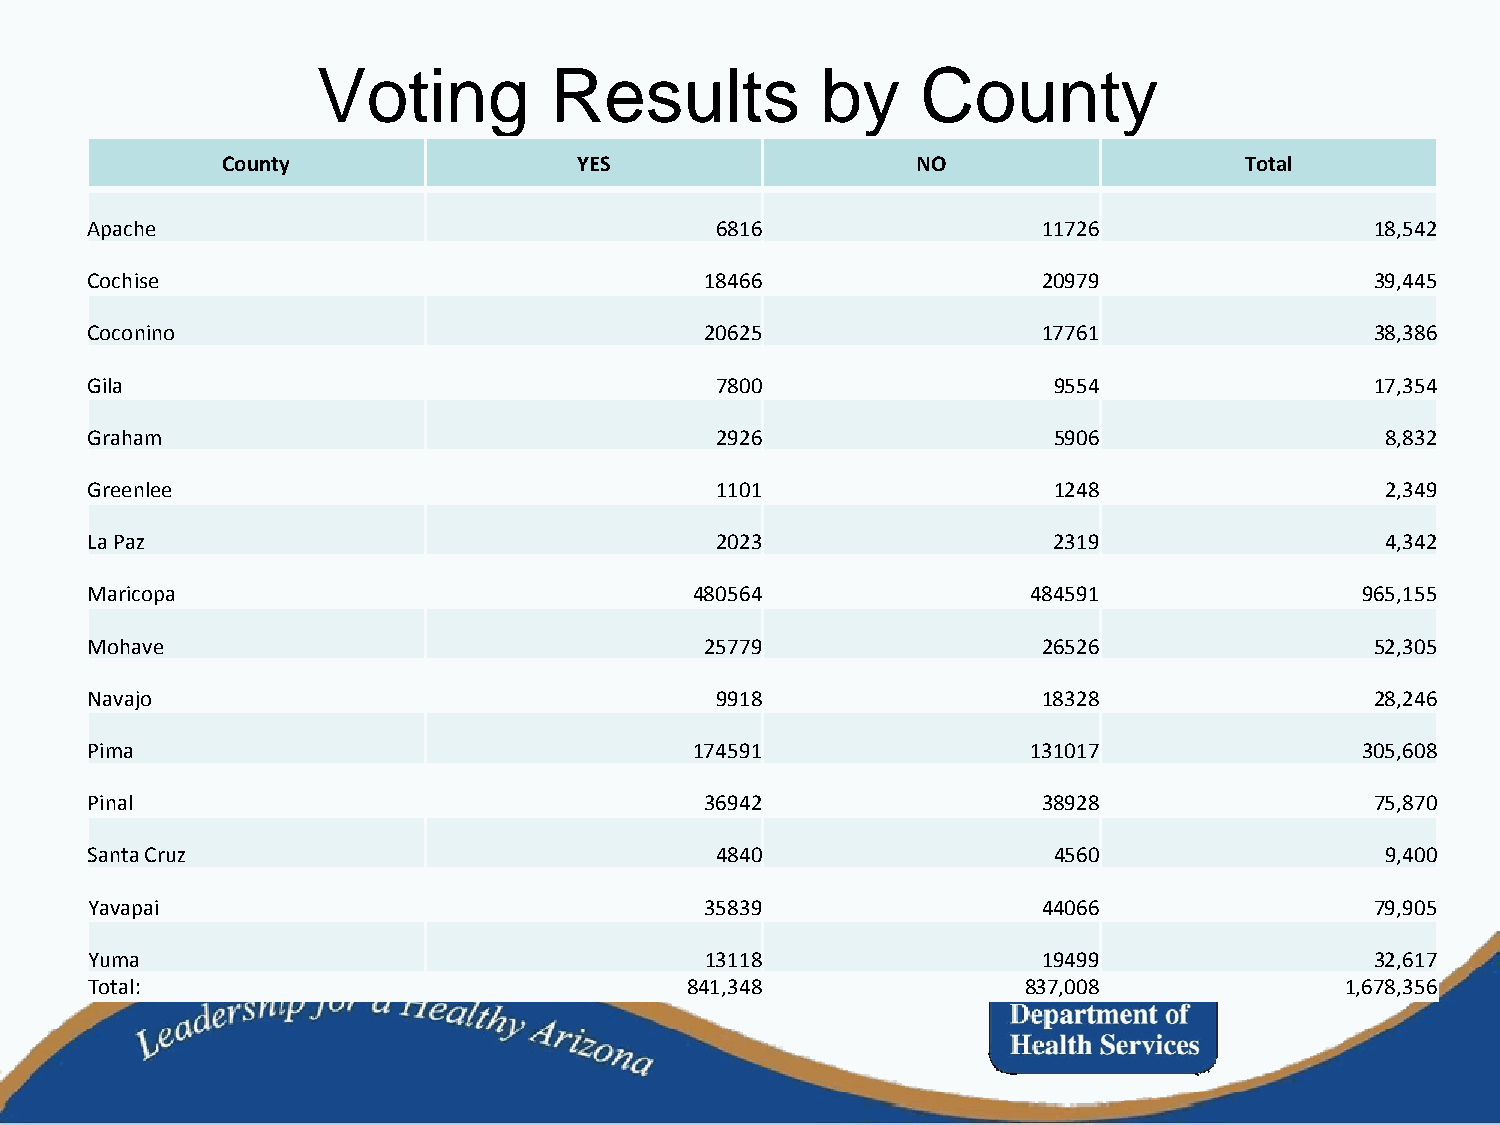
Voting         Results           by     County
 County                 YES                    NO                   Total
 Apache                                   6816                  11726                 18,542
 Cochise                                  18466                 20979                 39,445
 Coconino                                 20625                 17761                 38,386
 Gila                                     7800                   9554                 17,354
 Graham                                   2926                   5906                  8,832
 Greenlee                                 1101                   1248                  2,349
 La Paz                                   2023                   2319                  4,342
 Maricopa                                480564                484591                965,155
 Mohave                                   25779                 26526                 52,305
 Navajo                                   9918                  18328                 28,246
 Pima                                    174591                131017                305,608
 Pinal                                    36942                 38928                 75,870
 Santa Cruz                               4840                   4560                  9,400
 Yavapai                                  35839                 44066                 79,905
 Yuma                                     13118                 19499                 32,617
 Total:                                 841,348                837,008              1,678,356